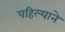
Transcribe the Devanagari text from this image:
पहिल्याने